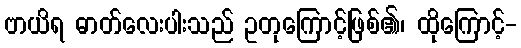
ဗာယိရ ဓာတ်လေးပါးသည် ဥတုကြောင့်ဖြစ်၏၊ ထိုကြောင့်-